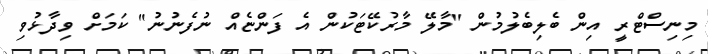
މިނިސްޓްރީ އިން ބެލިބެލުމުން "މާލޭ މާރުކޭޓަކުން އެ ފަންޏެއް ނުފެނުނު" ކަމަށް ވިދާޅުވި